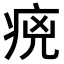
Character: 𤵻